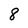
Character: 8